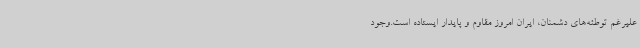
علیرغم توطئه‌های دشمنان، ایران امروز مقاوم و پایدار ایستاده است.وجود